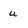
Character: u